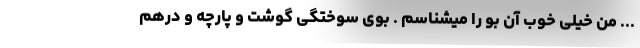
... من خیلی خوب آن بو را میشناسم . بوی سوختگی گوشت و پارچه و درهم